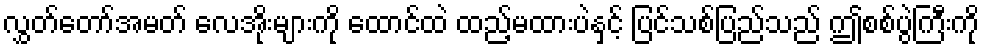
လွှတ်တော်အမတ် လေအိုးများကို ထောင်ထဲ ထည့်မထားပဲနှင့် ပြင်သစ်ပြည်သည် ဤစစ်ပွဲကြီးကို